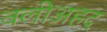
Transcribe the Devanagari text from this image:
वलीअहद